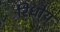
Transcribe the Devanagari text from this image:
रिधोय